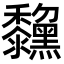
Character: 𪒺